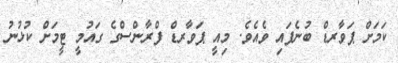
ކަމަށް ޕަވާރޑް ބުނެފައި ވެެއެވެ. މިއީ ޕަވާރޑް ފްރާންސްގެ ގައުމީ ޓީމަށް ކުޅުނު